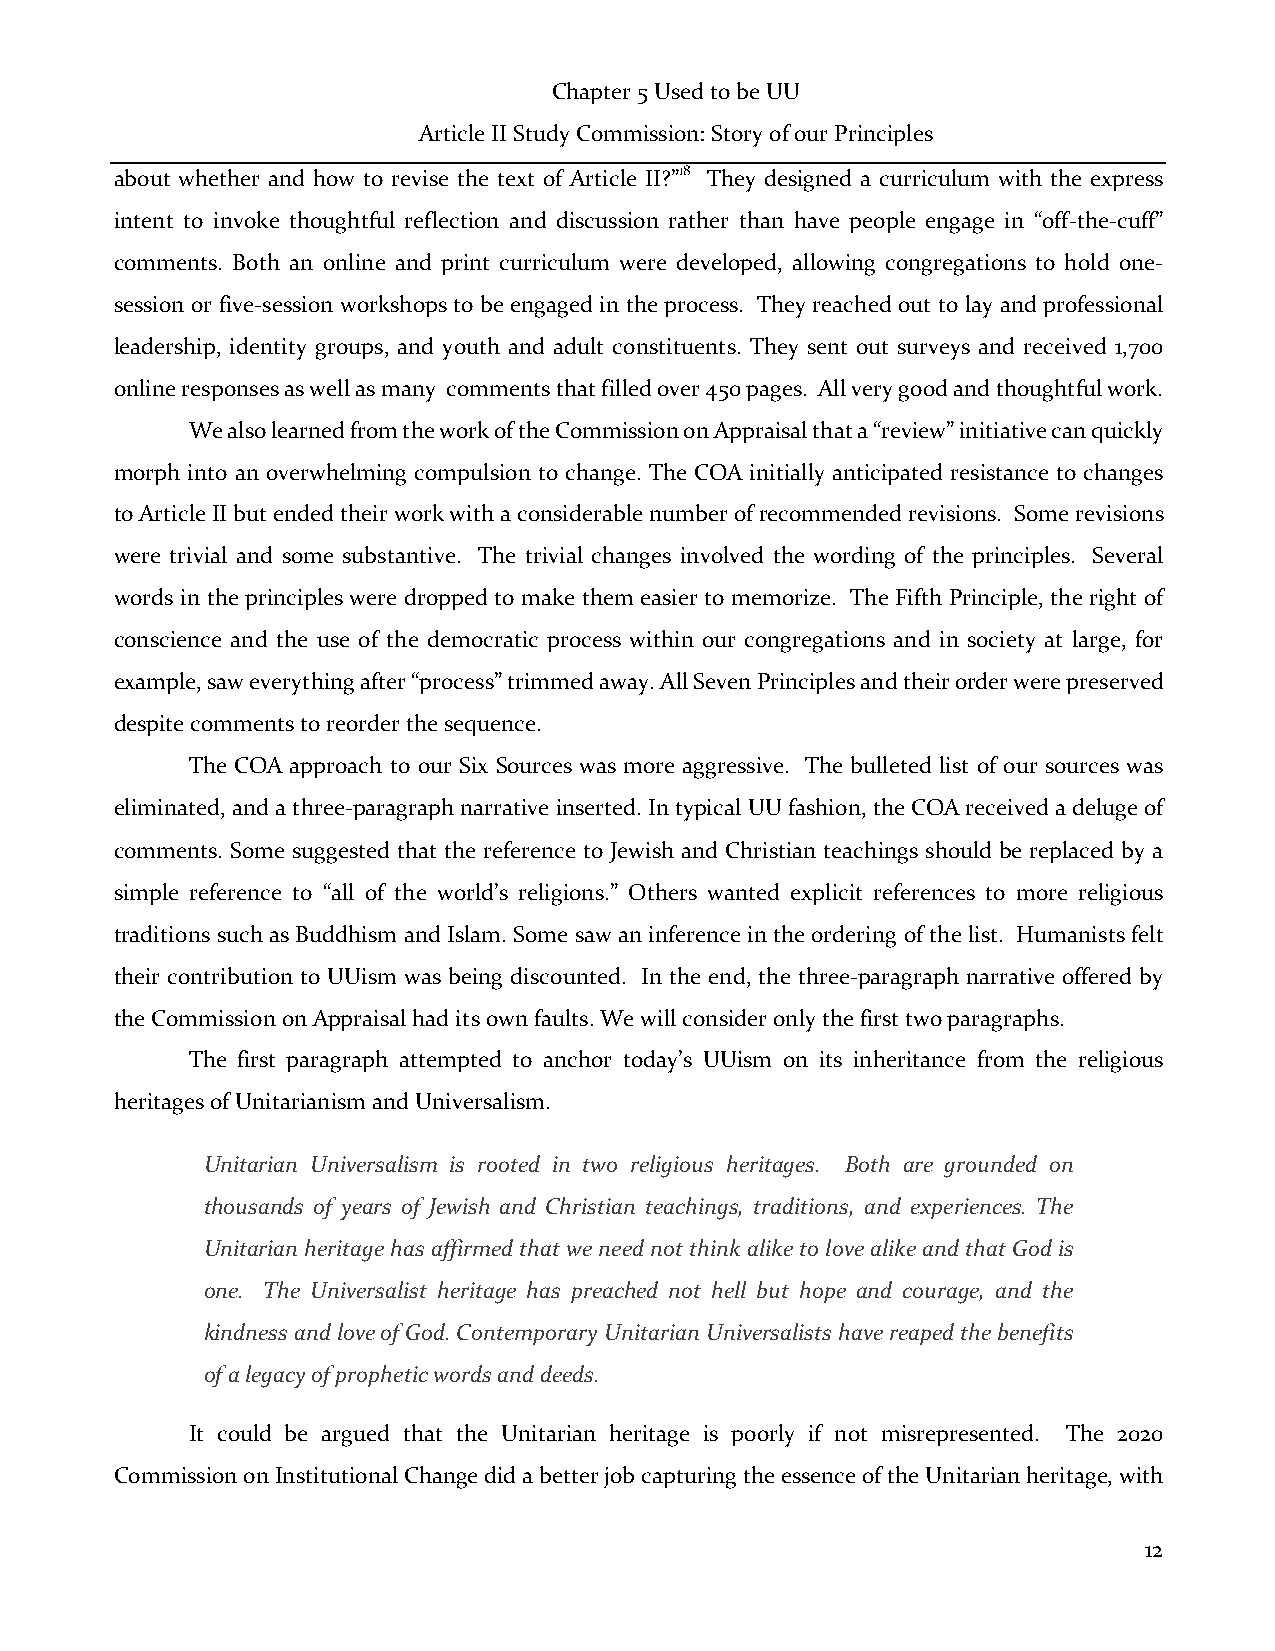
Chapter 5 Used to be UU
 Article II Study Commission: Story of our Principles
 about whether and how to revise the text of Article II?”18 They designed a curriculum with the express
 intent to invoke thoughtful reflection and discussion rather than have people engage in “off-the-cuff”
 comments. Both an online and print curriculum were developed, allowing congregations to hold one-
 session or five-session workshops to be engaged in the process. They reached out to lay and professional
 leadership, identity groups, and youth and adult constituents. They sent out surveys and received 1,700
 online responses as well as many comments that filled over 450 pages. All very good and thoughtful work.
 We also learned from the work of the Commission on Appraisal that a “review” initiative can quickly
 morph into an overwhelming compulsion to change. The COA initially anticipated resistance to changes
 to Article II but ended their work with a considerable number of recommended revisions. Some revisions
 were trivial and some substantive. The trivial changes involved the wording of the principles. Several
 words in the principles were dropped to make them easier to memorize. The Fifth Principle, the right of
 conscience and the use of the democratic process within our congregations and in society at large, for
 example, saw everything after “process” trimmed away. All Seven Principles and their order were preserved
 despite comments to reorder the sequence.
 The COA approach to our Six Sources was more aggressive. The bulleted list of our sources was
 eliminated, and a three-paragraph narrative inserted. In typical UU fashion, the COA received a deluge of
 comments. Some suggested that the reference to Jewish and Christian teachings should be replaced by a
 simple reference to “all of the world’s religions.” Others wanted explicit references to more religious
 traditions such as Buddhism and Islam. Some saw an inference in the ordering of the list. Humanists felt
 their contribution to UUism was being discounted. In the end, the three-paragraph narrative offered by
 the Commission on Appraisal had its own faults. We will consider only the first two paragraphs.
 The first paragraph attempted to anchor today’s UUism on its inheritance from the religious
 heritages of Unitarianism and Universalism.
 Unitarian Universalism is rooted in two religious heritages. Both are grounded on
 thousands of years of Jewish and Christian teachings, traditions, and experiences. The
 Unitarian heritage has affirmed that we need not think alike to love alike and that God is
 one. The Universalist heritage has preached not hell but hope and courage, and the
 kindness and love of God. Contemporary Unitarian Universalists have reaped the benefits
 of a legacy of prophetic words and deeds.
 It could be argued that the Unitarian heritage is poorly if not misrepresented. The 2020
 Commission on Institutional Change did a better job capturing the essence of the Unitarian heritage, with
 12